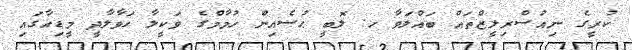
ކުރީގެ ނިއުސްރިލީޒްތައް ބައްލަވާ ހ. ލޮބީ ޙުސެއިން ހުމާމްގެ ވަކީލާ ހަވާލާދީ މީޑިއާގައި